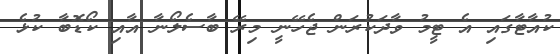
ކުއާޓާގައި އެ ޓީމު ވާދަކުރަން ޖެހޭނީ މިރޭ ބާސެލޯނާ އާއި ކޯޑޮބާ ކުޅެ